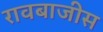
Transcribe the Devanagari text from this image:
रावबाजीस